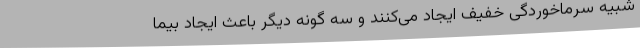
شبیه سرماخوردگی خفیف ایجاد می‌کنند و سه گونه دیگر باعث ایجاد بیما